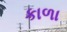
કાળા